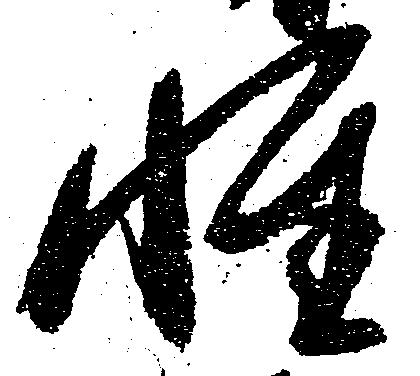
性